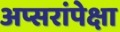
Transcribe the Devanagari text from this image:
अप्सरांपेक्षा